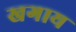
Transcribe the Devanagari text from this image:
खगाय